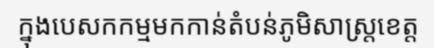
ក្នុងបេសកកម្មមកកាន់តំបន់ភូមិសាស្ត្រខេត្ត